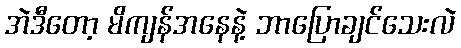
အဲဒီတော့ မိကျန်အနေနဲ့ ဘာပြောချင်သေးလဲ